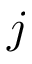
j